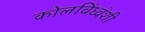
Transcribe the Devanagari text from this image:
कोलविंध्वंशी